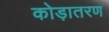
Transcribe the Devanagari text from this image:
कोड़ातरण